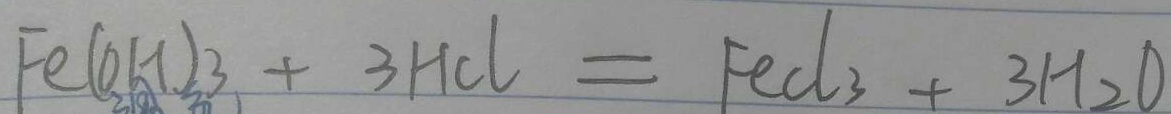
F e ( O H ) 3 + 3 H C l = F e C l _ { 3 } + 3 H _ { 2 } O